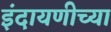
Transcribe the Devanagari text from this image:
इंदायणीच्या